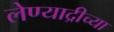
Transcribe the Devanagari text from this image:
लेण्याद्रीच्या